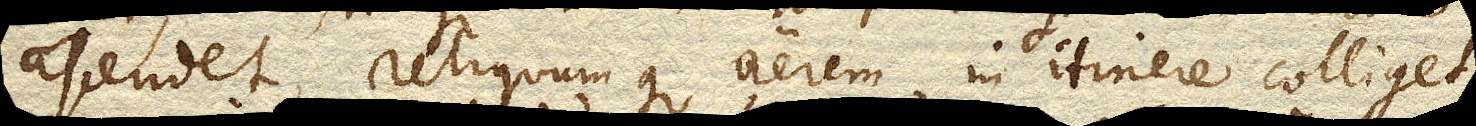
ascendet, reliquumque aerem in itinere colliget,